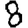
Digit: 8